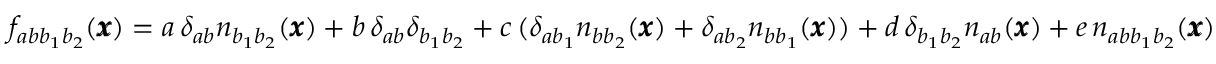
f _ { a b { b } _ { 1 } b _ { 2 } } ( { \pmb x } ) = a \, \delta _ { a b } n _ { b _ { 1 } b _ { 2 } } ( { \pmb x } ) + b \, \delta _ { a b } \delta _ { b _ { 1 } b _ { 2 } } + c \, ( \delta _ { a b _ { 1 } } n _ { b b _ { 2 } } ( { \pmb x } ) + \delta _ { a b _ { 2 } } n _ { b b _ { 1 } } ( { \pmb x } ) ) + d \, \delta _ { b _ { 1 } b _ { 2 } } n _ { a b } ( { \pmb x } ) + e \, n _ { a b b _ { 1 } b _ { 2 } } ( { \pmb x } )